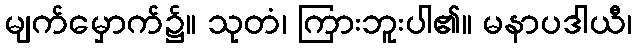
မျက်မှောက်၌။ သုတံ၊ ကြားဘူးပါ၏။ မနာပဒါယီ၊